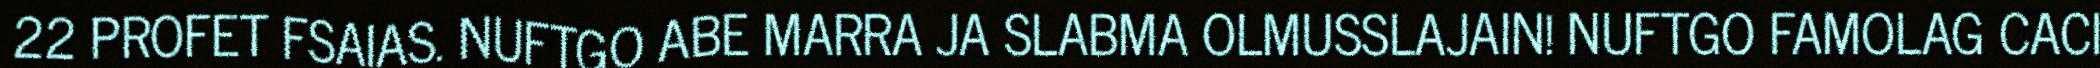
22 PROFET FSAIAS. NUFTGO ABE MARRA JA SLABMA OLMUSSLAJAIN! NUFTGO FAMOLAG CACI